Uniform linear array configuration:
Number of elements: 12
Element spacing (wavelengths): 0.75
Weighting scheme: hann
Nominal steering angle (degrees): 60
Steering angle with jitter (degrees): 61.863
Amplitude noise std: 0.05
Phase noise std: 0.05

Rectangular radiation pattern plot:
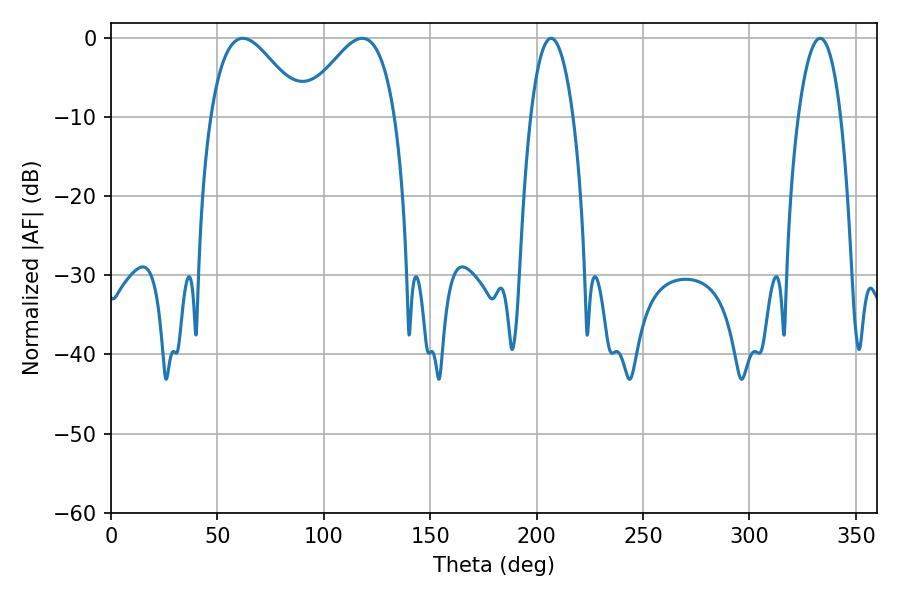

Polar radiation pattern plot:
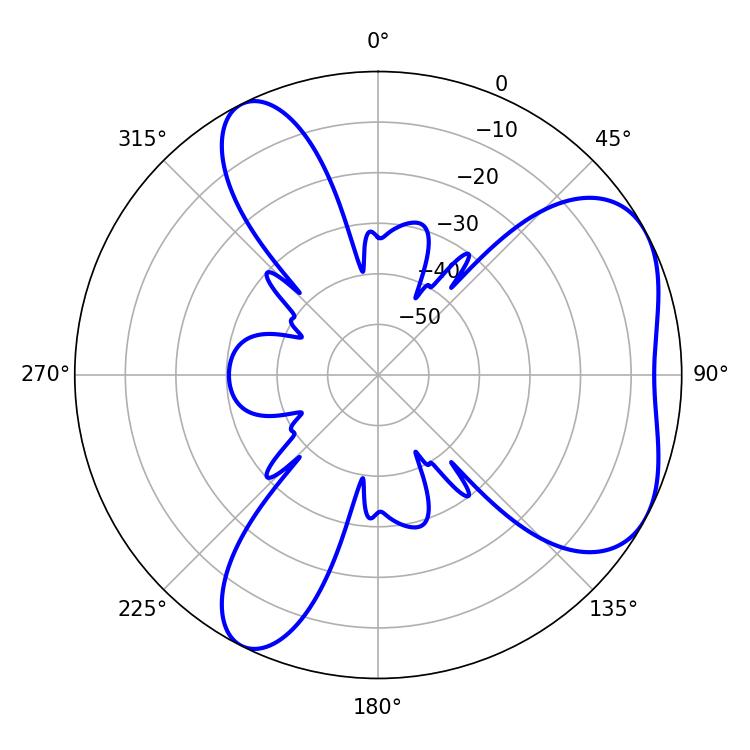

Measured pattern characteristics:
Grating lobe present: TRUE
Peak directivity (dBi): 5.13
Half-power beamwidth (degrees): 23.22
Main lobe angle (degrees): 61.92